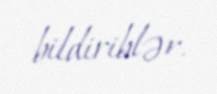
bildiriblər.